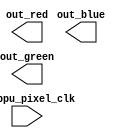
module mod_ppu(
  input in_ppu_pixel_clk,
  output out_red,
  output out_green,
  output out_blue,
);

// Externally-accessible PPU Registers (http://wiki.nesdev.com/w/index.php/PPU_registers)
reg [7:0] PPUCTRL;
reg [7:0] PPUMASK;
reg [7:0] PPUSTATUS;
reg [7:0] OAMADDR;
reg [7:0] OAMDATA;
reg [7:0] PPUSCROLL;
reg [7:0] PPUADDR;
reg [7:0] PPUDATA;
reg [7:0] OAMDMA;


// Internal PPU Registers (http://wiki.nesdev.com/w/index.php/PPU_scrolling)
reg [14:0] vram_address;       // 'v'
reg [14:0] vram_address_temp;  // 't'
reg [2:0]  fine_x_scroll;      // 'x'
reg        first_write_toggle; // 'w'

/*
The 15 bit registers t and v are composed this way during rendering:

yyy NN YYYYY XXXXX
||| || ||||| +++++-- coarse X scroll
||| || +++++-------- coarse Y scroll
||| ++-------------- nametable select
+++----------------- fine Y scroll
*/

always @(posedge in_ppu_pixel_clk) begin
  // TODO : Rendering..
end

endmodule